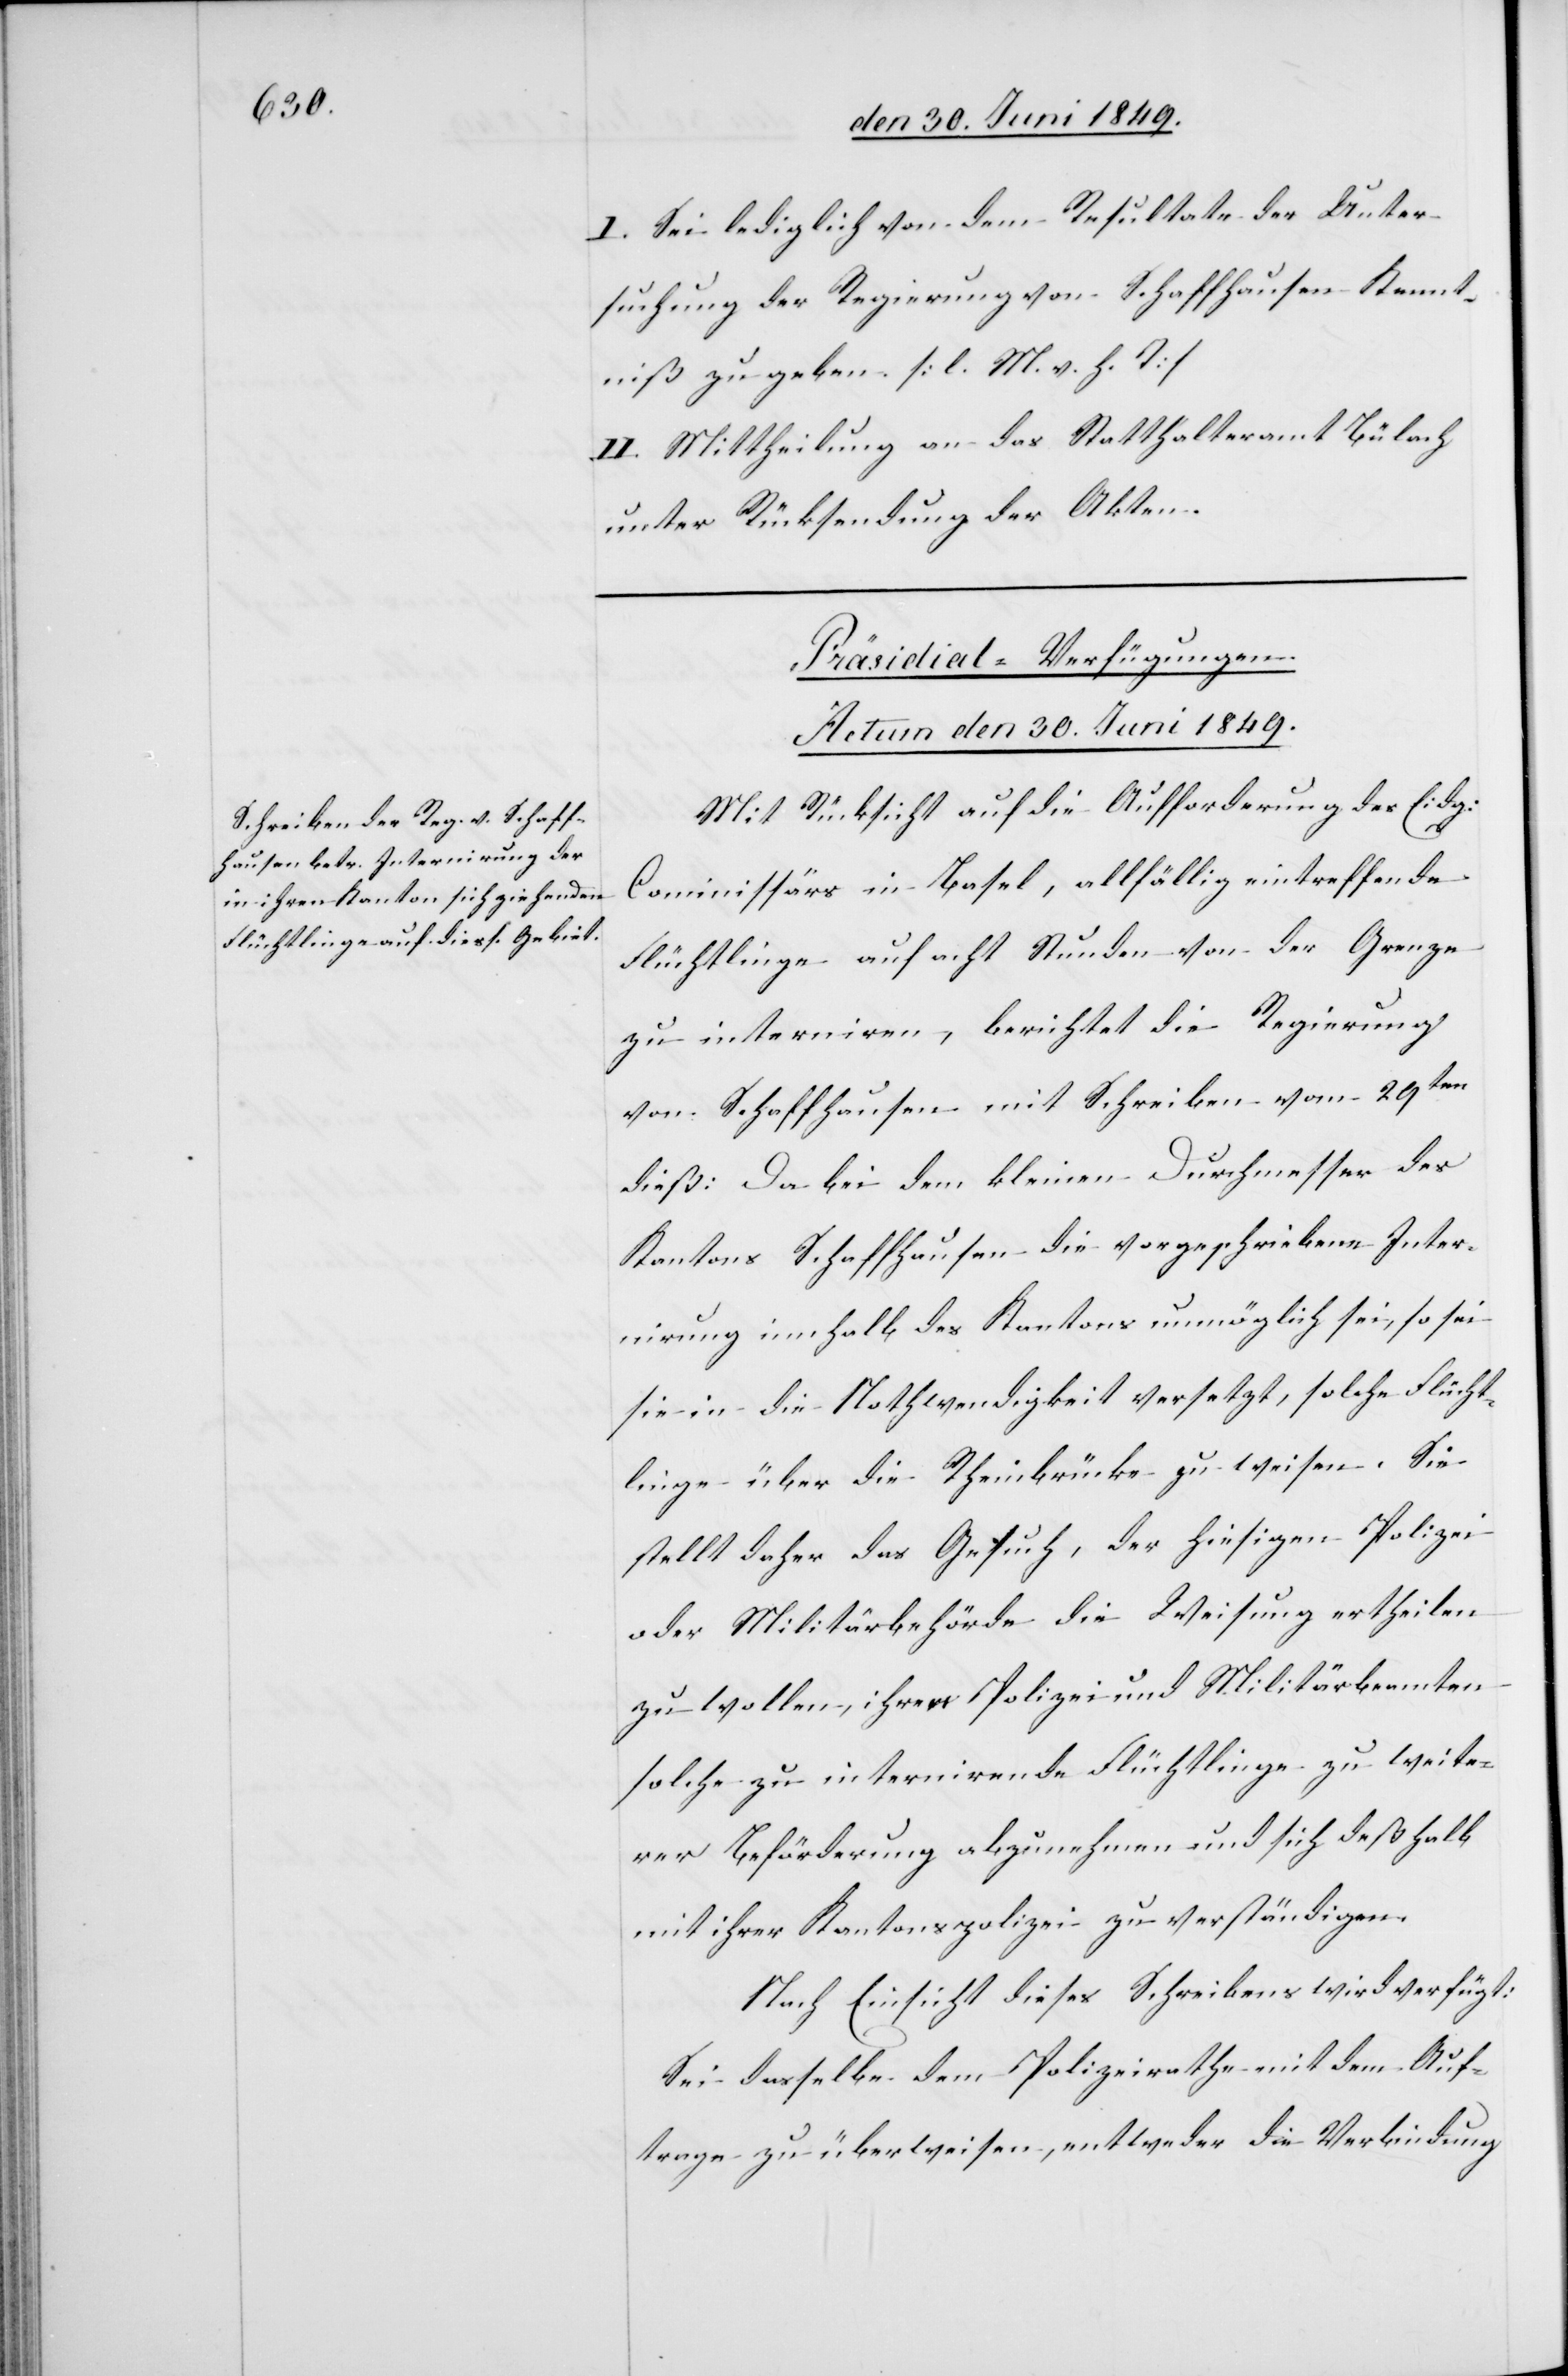
I. Sei lediglich von dem Resultate der Unter¬
suchung der Regierung von Schaffhausen Kennt¬
niß zu geben. [l. M. h. T]
II. Mittheilung an das Statthalteramt Bülach
unter Rücksendung der Akten.
Präsidial-Verfügungen.
Actum den 30. Juni 1849.
Mit Rücksicht auf die Aufforderung des Eidg.
Commissärs in Basel, allfällig eintreffende
Flüchtlinge auf acht Stunden von der Grenze
zu interniren, berichtet die Regierung
von Schaffhausen mit Schreiben vom 29ten
dieß: Da bei dem kleinen Durchmesser des
Kantons Schaffhausen die vorgeschriebene Inter¬
nirung inn[er]halb des Kantons unmöglich sei, so sei
sie in die Nothwendigkeit versetzt, solche Flücht¬
linge über die Rheinbrücke zu weisen. Sie
stellt daher das Gesuch, der hiesigen Polizei
oder Militärbehörde die Weisung ertheilen
zu wollen, ihrer Polizei und Militärbeamten
solche zu internirende Flüchtlinge zu weite¬
rer Beförderung abzunehmen und sich deßhalb
mit ihrer Kantonspolizei zu verständigen.
Nach Einsicht dieses Schreibens wird verfügt:
Sei dasselbe dem Polizeirathe mit dem Auf¬
trage zu überweisen, entweder die Verbindung